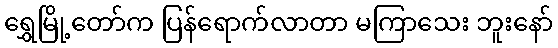
ရွှေမြို့တော်က ပြန်ရောက်လာတာ မကြာသေး ဘူးနော်